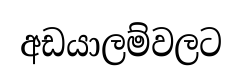
අඩයාලම්වලට